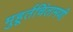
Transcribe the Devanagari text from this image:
मुहूर्तचिंतामणी